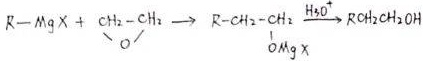
\[ R - MgX + \overset{CH_2 - CH_2}{\underset{O}{\vert \vert}} \longrightarrow R - CH_2 - CH_2 - \overset{H_2O}{\underset{OMgX}{\vert \vert}} \longrightarrow RCH_2CH_2OH \]